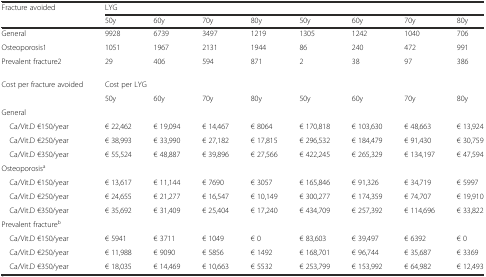
<table><thead><tr><td><b>Fracture avoided</b></td><td colspan="8"><b>LYG</b></td></tr><tr><td></td><td><b>50y</b></td><td><b>60y</b></td><td><b>70y</b></td><td><b>80y</b></td><td><b>50y</b></td><td><b>60y</b></td><td><b>70y</b></td><td><b>80y</b></td></tr></thead><tbody><tr><td>General</td><td>9928</td><td>6739</td><td>3497</td><td>1219</td><td>1305</td><td>1242</td><td>1040</td><td>706</td></tr><tr><td>Osteoporosis1</td><td>1051</td><td>1967</td><td>2131</td><td>1944</td><td>86</td><td>240</td><td>472</td><td>991</td></tr><tr><td>Prevalent fracture2</td><td>29</td><td>406</td><td>594</td><td>871</td><td>2</td><td>38</td><td>97</td><td>386</td></tr><tr><td>Cost per fracture avoided</td><td colspan="8">Cost per LYG</td></tr><tr><td></td><td>50y</td><td>60y</td><td>70y</td><td>80y</td><td>50y</td><td>60y</td><td>70y</td><td>80y</td></tr><tr><td>General</td><td></td><td></td><td></td><td></td><td></td><td></td><td></td><td></td></tr><tr><td> Ca/Vit.D €150/year</td><td>€ 22,462</td><td>€ 19,094</td><td>€ 14,467</td><td>€ 8064</td><td>€ 170,818</td><td>€ 103,630</td><td>€ 48,663</td><td>€ 13,924</td></tr><tr><td> Ca/Vit.D €250/year</td><td>€ 38,993</td><td>€ 33,990</td><td>€ 27,182</td><td>€ 17,815</td><td>€ 296,532</td><td>€ 184,479</td><td>€ 91,430</td><td>€ 30,759</td></tr><tr><td> Ca/Vit.D €350/year</td><td>€ 55,524</td><td>€ 48,887</td><td>€ 39,896</td><td>€ 27,566</td><td>€ 422,245</td><td>€ 265,329</td><td>€ 134,197</td><td>€ 47,594</td></tr><tr><td>Osteoporosis<sup>a</sup></td><td></td><td></td><td></td><td></td><td></td><td></td><td></td><td></td></tr><tr><td> Ca/Vit.D €150/year</td><td>€ 13,617</td><td>€ 11,144</td><td>€ 7690</td><td>€ 3057</td><td>€ 165,846</td><td>€ 91,326</td><td>€ 34,719</td><td>€ 5997</td></tr><tr><td> Ca/Vit.D €250/year</td><td>€ 24,655</td><td>€ 21,277</td><td>€ 16,547</td><td>€ 10,149</td><td>€ 300,277</td><td>€ 174,359</td><td>€ 74,707</td><td>€ 19,910</td></tr><tr><td> Ca/Vit.D €350/year</td><td>€ 35,692</td><td>€ 31,409</td><td>€ 25,404</td><td>€ 17,240</td><td>€ 434,709</td><td>€ 257,392</td><td>€ 114,696</td><td>€ 33,822</td></tr><tr><td>Prevalent fracture<sup>b</sup></td><td></td><td></td><td></td><td></td><td></td><td></td><td></td><td></td></tr><tr><td> Ca/Vit.D €150/year</td><td>€ 5941</td><td>€ 3711</td><td>€ 1049</td><td>€ 0</td><td>€ 83,603</td><td>€ 39,497</td><td>€ 6392</td><td>€ 0</td></tr><tr><td> Ca/Vit.D €250/year</td><td>€ 11,988</td><td>€ 9090</td><td>€ 5856</td><td>€ 1492</td><td>€ 168,701</td><td>€ 96,744</td><td>€ 35,687</td><td>€ 3369</td></tr><tr><td> Ca/Vit.D €350/year</td><td>€ 18,035</td><td>€ 14,469</td><td>€ 10,663</td><td>€ 5532</td><td>€ 253,799</td><td>€ 153,992</td><td>€ 64,982</td><td>€ 12,493</td></tr></tbody></table>